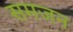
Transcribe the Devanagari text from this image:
समजन